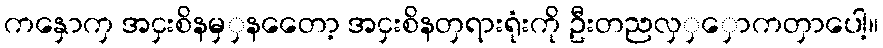
ကနှောကှ အငှးစိနမှှနတေော့ အငှးစိနတှရားရုံးကို ဦးတညလှှှောကတှာပေါ့။